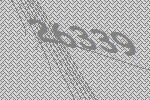
26339